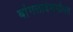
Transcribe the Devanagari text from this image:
बांगलादेशसोबत